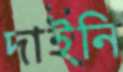
দাইনি